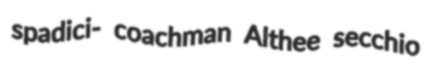
spadici- coachman Althee secchio